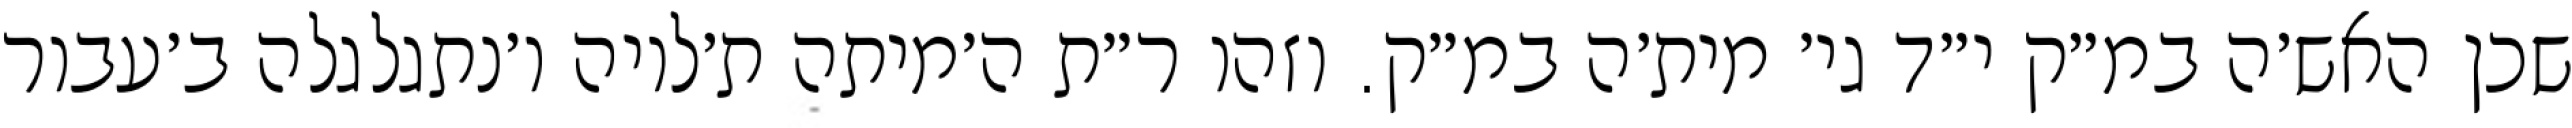
שכן האש׳ה במ״ק י״ד גי׳ מית׳ה במ״ק. וזהו ר״ת ה׳מיתה ת׳לויה ו׳נתגלגלה ב׳עבור